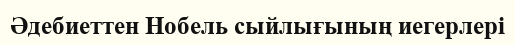
Әдебиеттен Нобель сыйлығының иегерлері